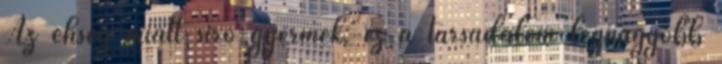
Az éhség miatt síró gyermek: ez a társadalom legnagyobb